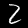
Digit: 2